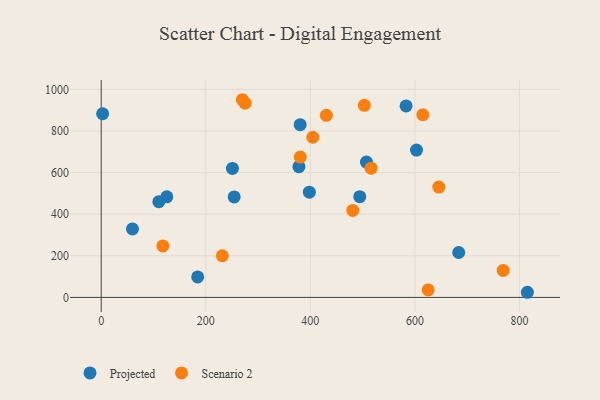
{"axis": {"x": "Price", "y": "Exam Score"}, "legend": ["Projected", "Scenario 2"], "data": [{"x": "378.1", "y": 628.3, "type": "Projected"}, {"x": "507.3", "y": 650.1, "type": "Projected"}, {"x": "110.2", "y": 460.1, "type": "Projected"}, {"x": "59.8", "y": 329.1, "type": "Projected"}, {"x": "380.5", "y": 830.0, "type": "Projected"}, {"x": "254.3", "y": 482.7, "type": "Projected"}, {"x": "251.0", "y": 619.6, "type": "Projected"}, {"x": "683.8", "y": 215.8, "type": "Projected"}, {"x": "815.1", "y": 24.7, "type": "Projected"}, {"x": "603.0", "y": 708.2, "type": "Projected"}, {"x": "398.1", "y": 505.9, "type": "Projected"}, {"x": "583.1", "y": 920.0, "type": "Projected"}, {"x": "2.7", "y": 882.4, "type": "Projected"}, {"x": "125.4", "y": 483.3, "type": "Projected"}, {"x": "494.5", "y": 484.1, "type": "Projected"}, {"x": "184.5", "y": 98.5, "type": "Projected"}, {"x": "275.3", "y": 933.3, "type": "Scenario 2"}, {"x": "615.1", "y": 877.7, "type": "Scenario 2"}, {"x": "404.7", "y": 769.5, "type": "Scenario 2"}, {"x": "117.9", "y": 247.3, "type": "Scenario 2"}, {"x": "516.1", "y": 620.8, "type": "Scenario 2"}, {"x": "625.3", "y": 36.1, "type": "Scenario 2"}, {"x": "768.8", "y": 129.5, "type": "Scenario 2"}, {"x": "481.1", "y": 417.9, "type": "Scenario 2"}, {"x": "269.9", "y": 949.9, "type": "Scenario 2"}, {"x": "430.6", "y": 874.9, "type": "Scenario 2"}, {"x": "645.7", "y": 530.1, "type": "Scenario 2"}, {"x": "503.2", "y": 922.8, "type": "Scenario 2"}, {"x": "380.8", "y": 674.2, "type": "Scenario 2"}, {"x": "231.6", "y": 200.2, "type": "Scenario 2"}]}